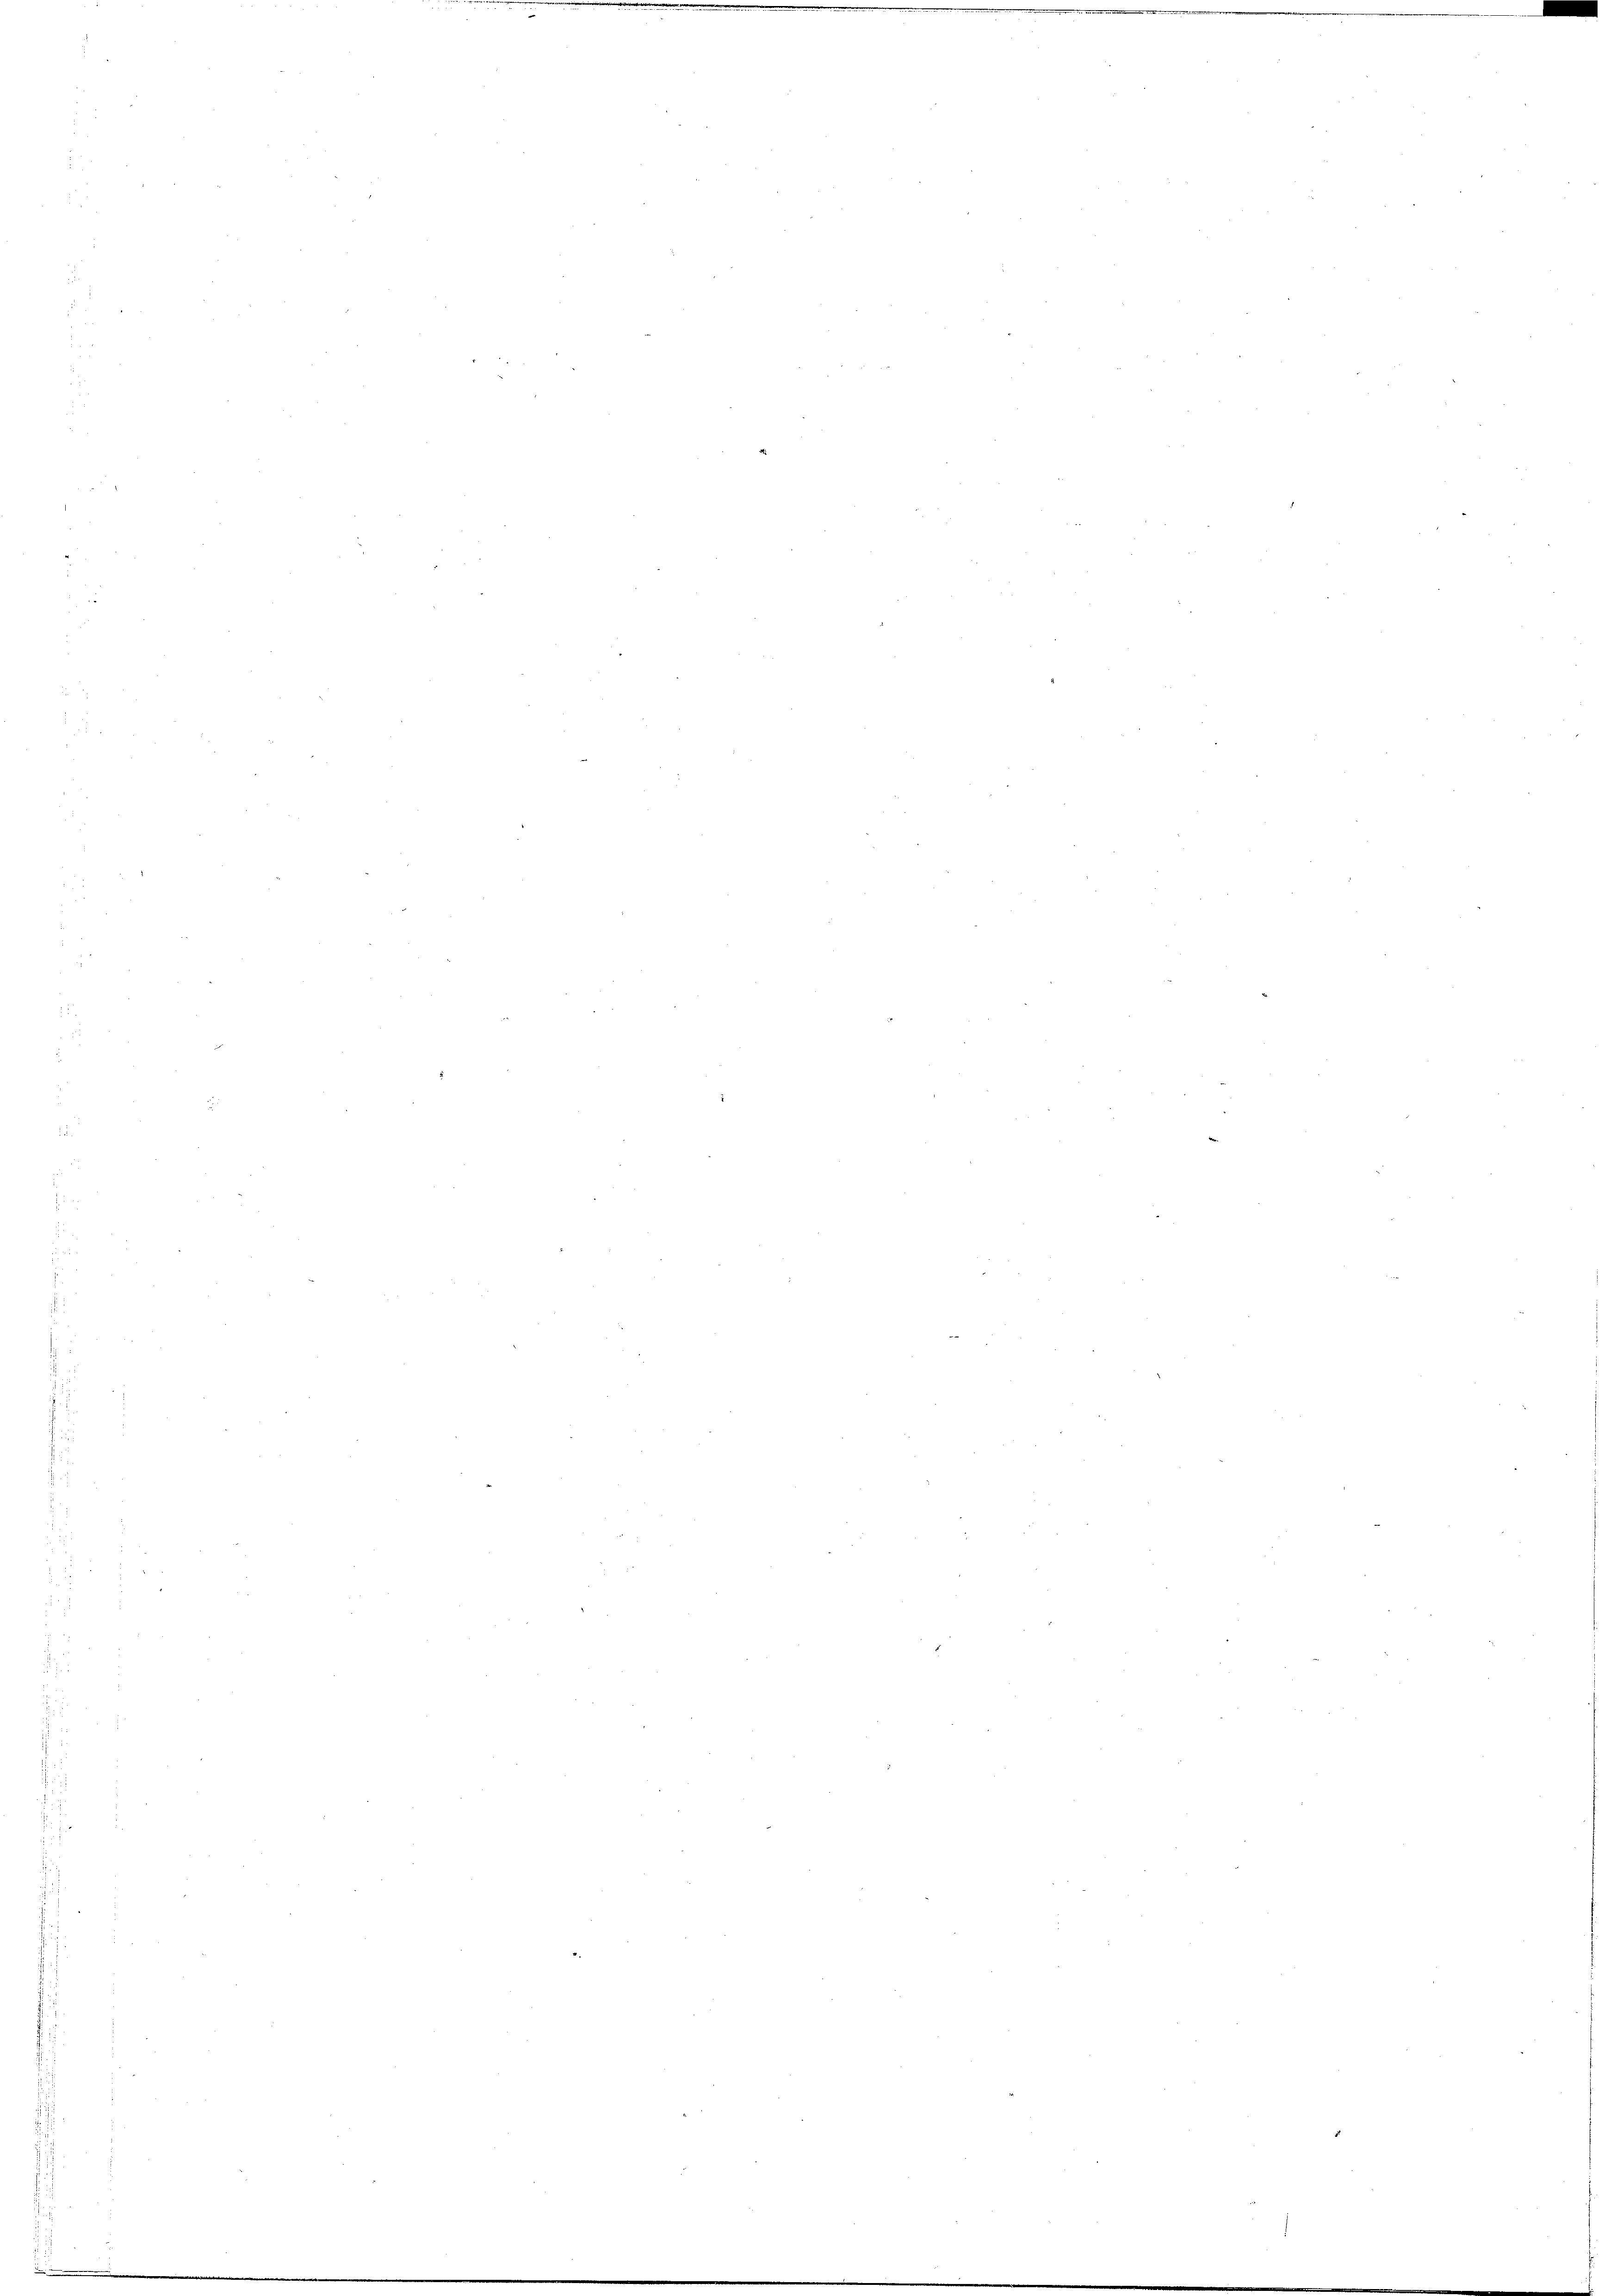
u

2

2

.

er

.